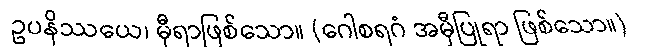
ဥပနိဿယေ၊ မှီရာဖြစ်သော။ (ဂေါစရဂံ အမှီပြုရာ ဖြစ်သော။)